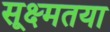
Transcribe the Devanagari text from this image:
सूक्ष्मतया